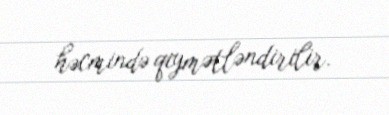
həcmində qiymətləndirilir.